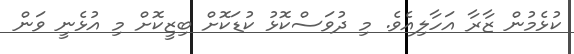
ކުޅެމުން ޒާރާ އަހާލިއެވެ. މި ދުވަސްކޮޅު ކުޑަކޮށް ބިޒީކޮށް މި އުޅެނީ ވަން